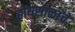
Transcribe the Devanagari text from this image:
होयसाळांचे